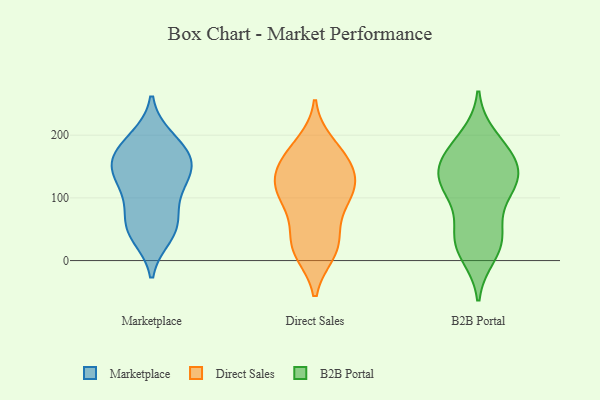
{"axis": {"x": "LTV (USD)", "y": "Value"}, "legend": ["B2B Portal", "Direct Sales", "Marketplace"], "data": [{"x": "", "y": 164, "type": "Marketplace"}, {"x": "", "y": 124, "type": "Marketplace"}, {"x": "", "y": 61, "type": "Marketplace"}, {"x": "", "y": 140, "type": "Marketplace"}, {"x": "", "y": 157, "type": "Marketplace"}, {"x": "", "y": 195, "type": "Marketplace"}, {"x": "", "y": 52, "type": "Marketplace"}, {"x": "", "y": 51, "type": "Marketplace"}, {"x": "", "y": 40, "type": "Marketplace"}, {"x": "", "y": 190, "type": "Marketplace"}, {"x": "", "y": 165, "type": "Marketplace"}, {"x": "", "y": 154, "type": "Marketplace"}, {"x": "", "y": 120, "type": "Marketplace"}, {"x": "", "y": 95, "type": "Marketplace"}, {"x": "", "y": 122, "type": "Direct Sales"}, {"x": "", "y": 177, "type": "Direct Sales"}, {"x": "", "y": 12, "type": "Direct Sales"}, {"x": "", "y": 187, "type": "Direct Sales"}, {"x": "", "y": 37, "type": "Direct Sales"}, {"x": "", "y": 166, "type": "Direct Sales"}, {"x": "", "y": 116, "type": "Direct Sales"}, {"x": "", "y": 15, "type": "Direct Sales"}, {"x": "", "y": 39, "type": "Direct Sales"}, {"x": "", "y": 105, "type": "Direct Sales"}, {"x": "", "y": 145, "type": "Direct Sales"}, {"x": "", "y": 107, "type": "Direct Sales"}, {"x": "", "y": 122, "type": "Direct Sales"}, {"x": "", "y": 15, "type": "Direct Sales"}, {"x": "", "y": 77, "type": "Direct Sales"}, {"x": "", "y": 146, "type": "Direct Sales"}, {"x": "", "y": 156, "type": "Direct Sales"}, {"x": "", "y": 94, "type": "Direct Sales"}, {"x": "", "y": 120, "type": "B2B Portal"}, {"x": "", "y": 168, "type": "B2B Portal"}, {"x": "", "y": 10, "type": "B2B Portal"}, {"x": "", "y": 35, "type": "B2B Portal"}, {"x": "", "y": 196, "type": "B2B Portal"}, {"x": "", "y": 131, "type": "B2B Portal"}, {"x": "", "y": 109, "type": "B2B Portal"}, {"x": "", "y": 160, "type": "B2B Portal"}, {"x": "", "y": 132, "type": "B2B Portal"}, {"x": "", "y": 107, "type": "B2B Portal"}, {"x": "", "y": 132, "type": "B2B Portal"}, {"x": "", "y": 30, "type": "B2B Portal"}, {"x": "", "y": 158, "type": "B2B Portal"}, {"x": "", "y": 26, "type": "B2B Portal"}, {"x": "", "y": 51, "type": "B2B Portal"}, {"x": "", "y": 182, "type": "B2B Portal"}]}